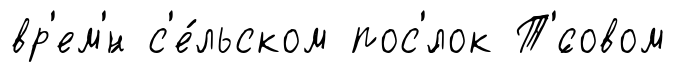
вр'ем'́н с'е́льском пос'́лок Т'́совом